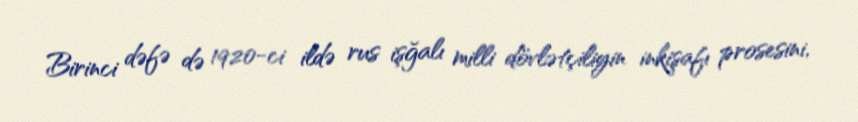
Birinci dəfə də 1920-ci ildə rus işğalı milli dövlətçiliyin inkişafı prosesini,